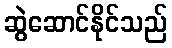
ဆွဲဆောင်နိုင်သည်